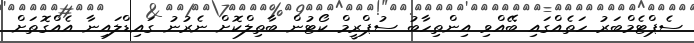
ސެޕްޓެމްބަރު ހަތެއްގައި ބޭއްވި އިންތިހާބު ސުޕްރީމް ކޯޓުން ބާތިލްކޮށް ނެރުނު ގައިޑްލައިނާ އެއްގޮތަށް